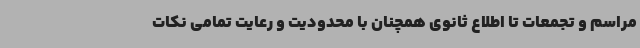
مراسم و تجمعات تا اطلاع ثانوی همچنان با محدودیت و رعایت تمامی نکات